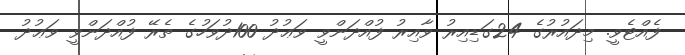
ފެއްޓެވީ. މިދައުރުގެ 24ގަޑިއިރު ވާއިރު ފުއްދަންވީ ވަޢުދު 100ދުވަހުގެ ތެރޭ ފުއްދަންވީ ވަޢުދު